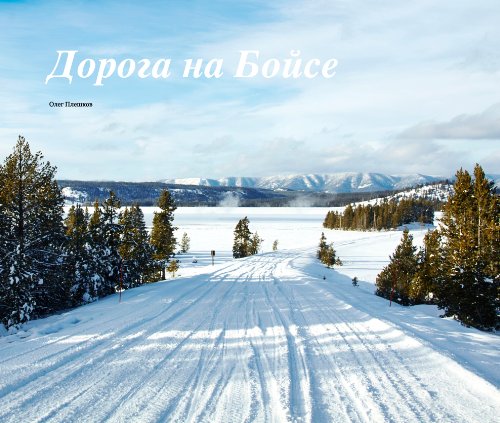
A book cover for Doroga na Boise; Oleg Pleshkov; Travel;